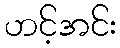
ဟင့်အင်း